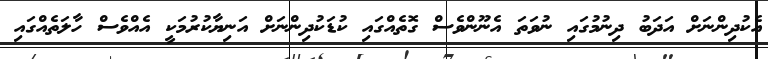
އެކުދިންނަށް އަދަބު ދިނުމުގައި ނުވަތަ އެނޫންވެސް ގޮތެއްގައި ކުޑަކުދިންނަށް އަނިޔާކުރުމަކީ އެއްވެސް ހާލަތެއްގައި